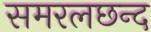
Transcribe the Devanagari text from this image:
समरलछन्द